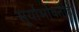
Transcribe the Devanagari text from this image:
सूर्याभोवतीही